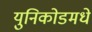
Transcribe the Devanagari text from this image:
युनिकोडमधे